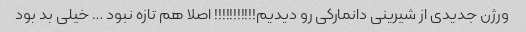
ورژن جدیدی از شیرینی دانمارکی رو دیدیم!!!!!!!!!!! اصلا هم تازه نبود … خیلی بد بود